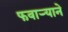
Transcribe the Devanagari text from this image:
फवार्‍याने